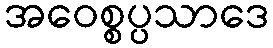
အဝေစ္စပ္ပသာဒေ